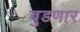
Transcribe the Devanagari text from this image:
बुडणार